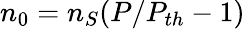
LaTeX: n_{0}=n_{S}(P/P_{th}-1)